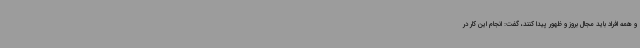
و همه افراد باید مجال بروز و ظهور پیدا کنند، گفت: انجام این کار در